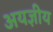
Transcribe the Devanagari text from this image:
अयज्ञीय